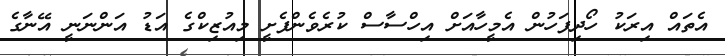
އެތައް އިރަކު ހޯދިފަހުން އެމީހާއަށް އިހްސާސް ކުރެވެންފެށީ މިއުޒިކްގެ އަޑު އަންނަނީ އޭނާގެ